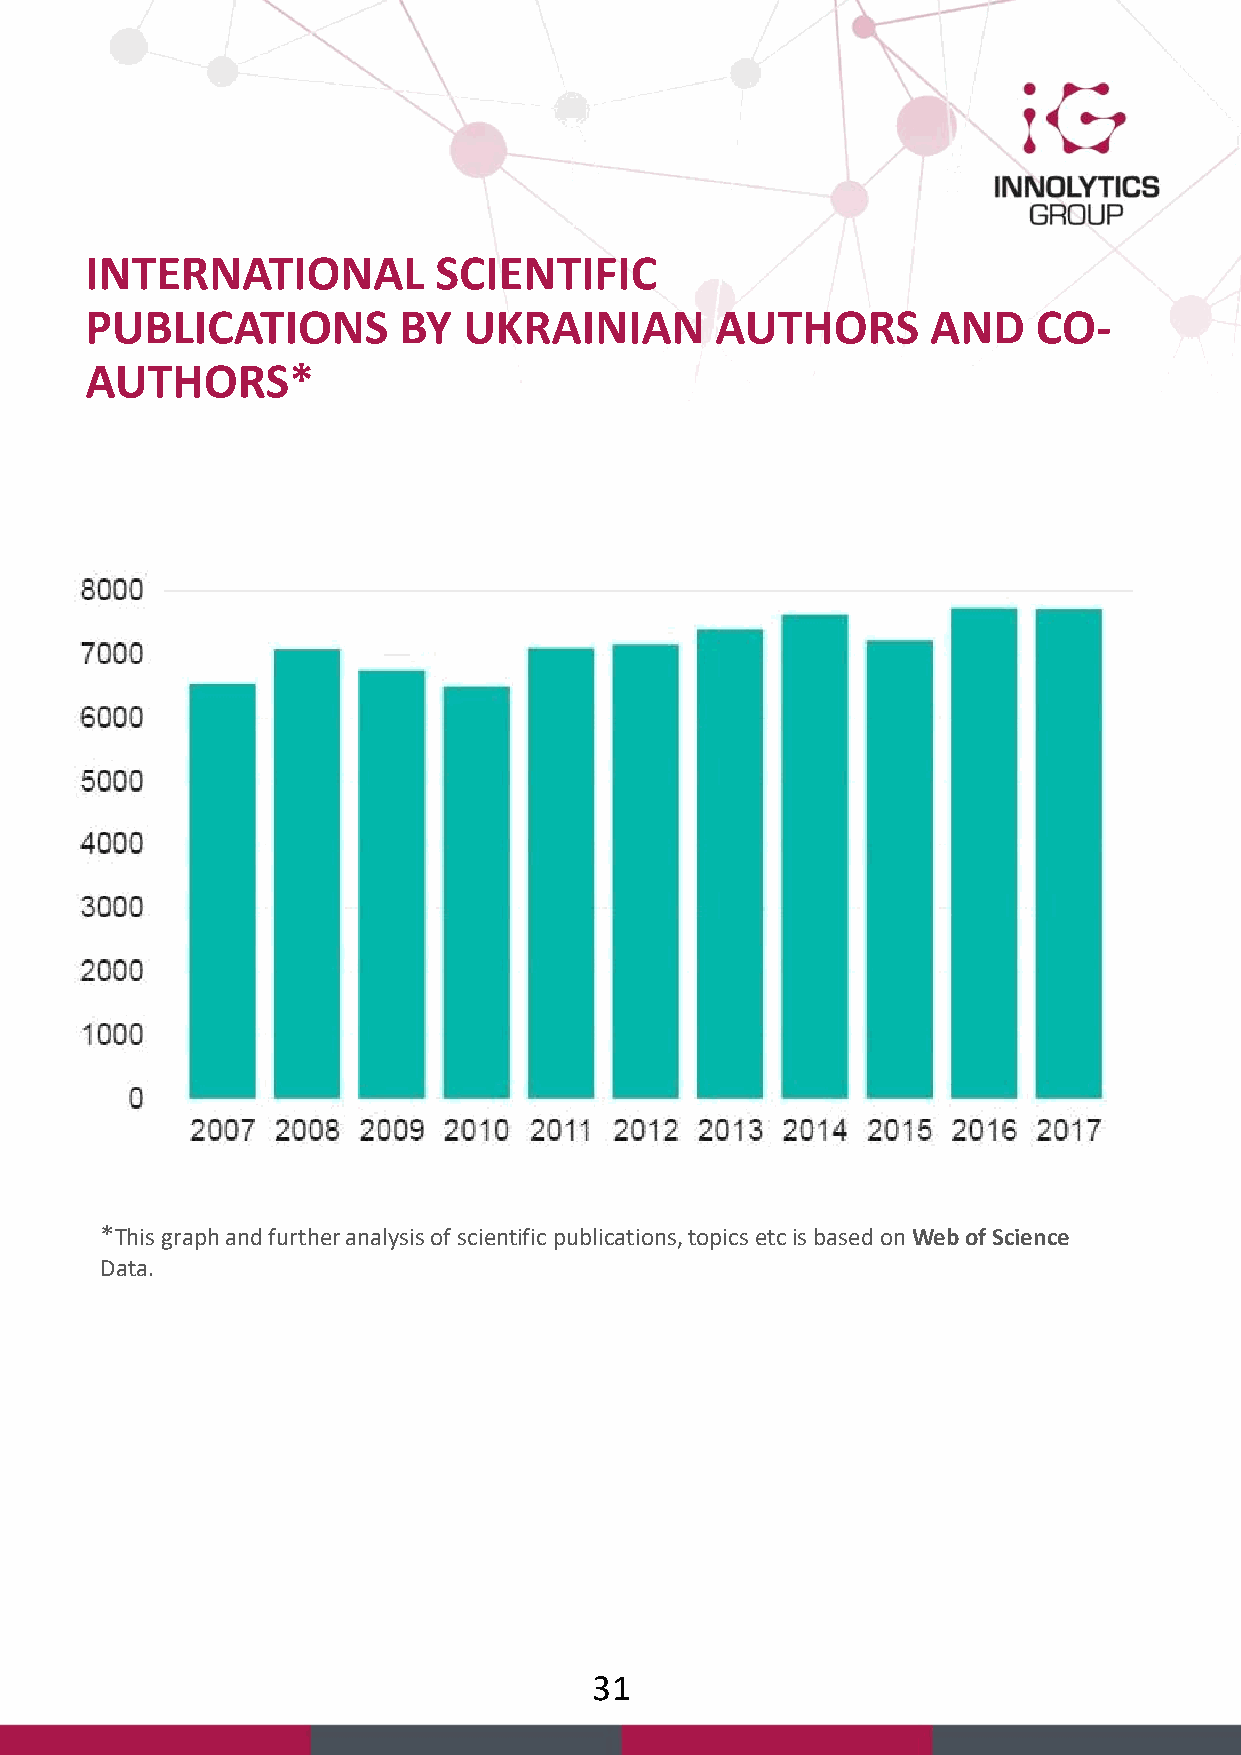
INTERNATIONAL          SCIENTIFIC
 PUBLICATIONS        BY   UKRAINIAN       AUTHORS        AND    CO-
 AUTHORS*
 *This graph and further analysis of scientific publications, topics etcis based on Web of Science
 Data.
 31